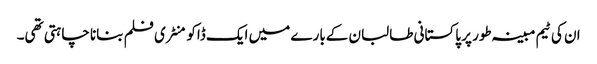
ان کی ٹیم مبینہ طور پر پاکستانی طالبان کےبارے میں ایک ڈاکومنٹری فلم بنانا چاہتی تھی۔